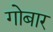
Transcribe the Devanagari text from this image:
गोबार